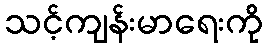
သင့်ကျန်းမာရေးကို